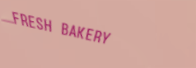
FRESH BAKERY